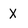
Character: X